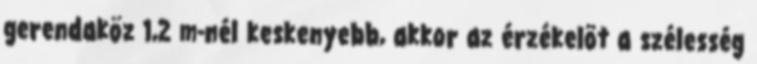
gerendaköz 1,2 m-nél keskenyebb, akkor az érzékelõt a szélesség